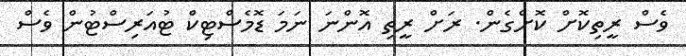
ވެސް ރީތިކޮށް ކޮށްގެން. ރަށް ރީތި އޮންނަ ނަމަ ޑޮމެސްޓިކް ޓުއަރިސްޓުން ވެސް